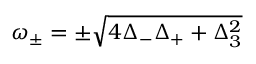
\omega _ { \pm } = \pm \sqrt { 4 \Delta _ { - } \Delta _ { + } + \Delta _ { 3 } ^ { 2 } }